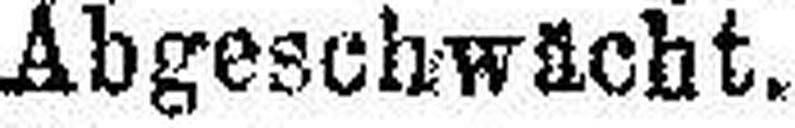
Abgeschwächt.